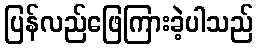
ပြန်လည်ဖြေကြားခဲ့ပါသည်